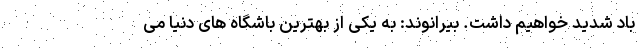
باد شدید خواهیم داشت. بیرانوند: به یکی از بهترین باشگاه های دنیا می